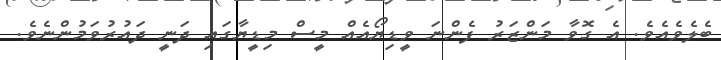
ބެލެވެއެވެ. އެ ގޮވާ މަންޒަރު ފެންނަ ވީޑިޔޯއެއް މީސް މިޑީޔާގައި ދަނީ ދައުރުވަމުންނެވެ.